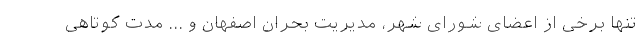
تنها برخی از اعضای شورای شهر، مدیریت بحران اصفهان و ... مدت کوتاهی